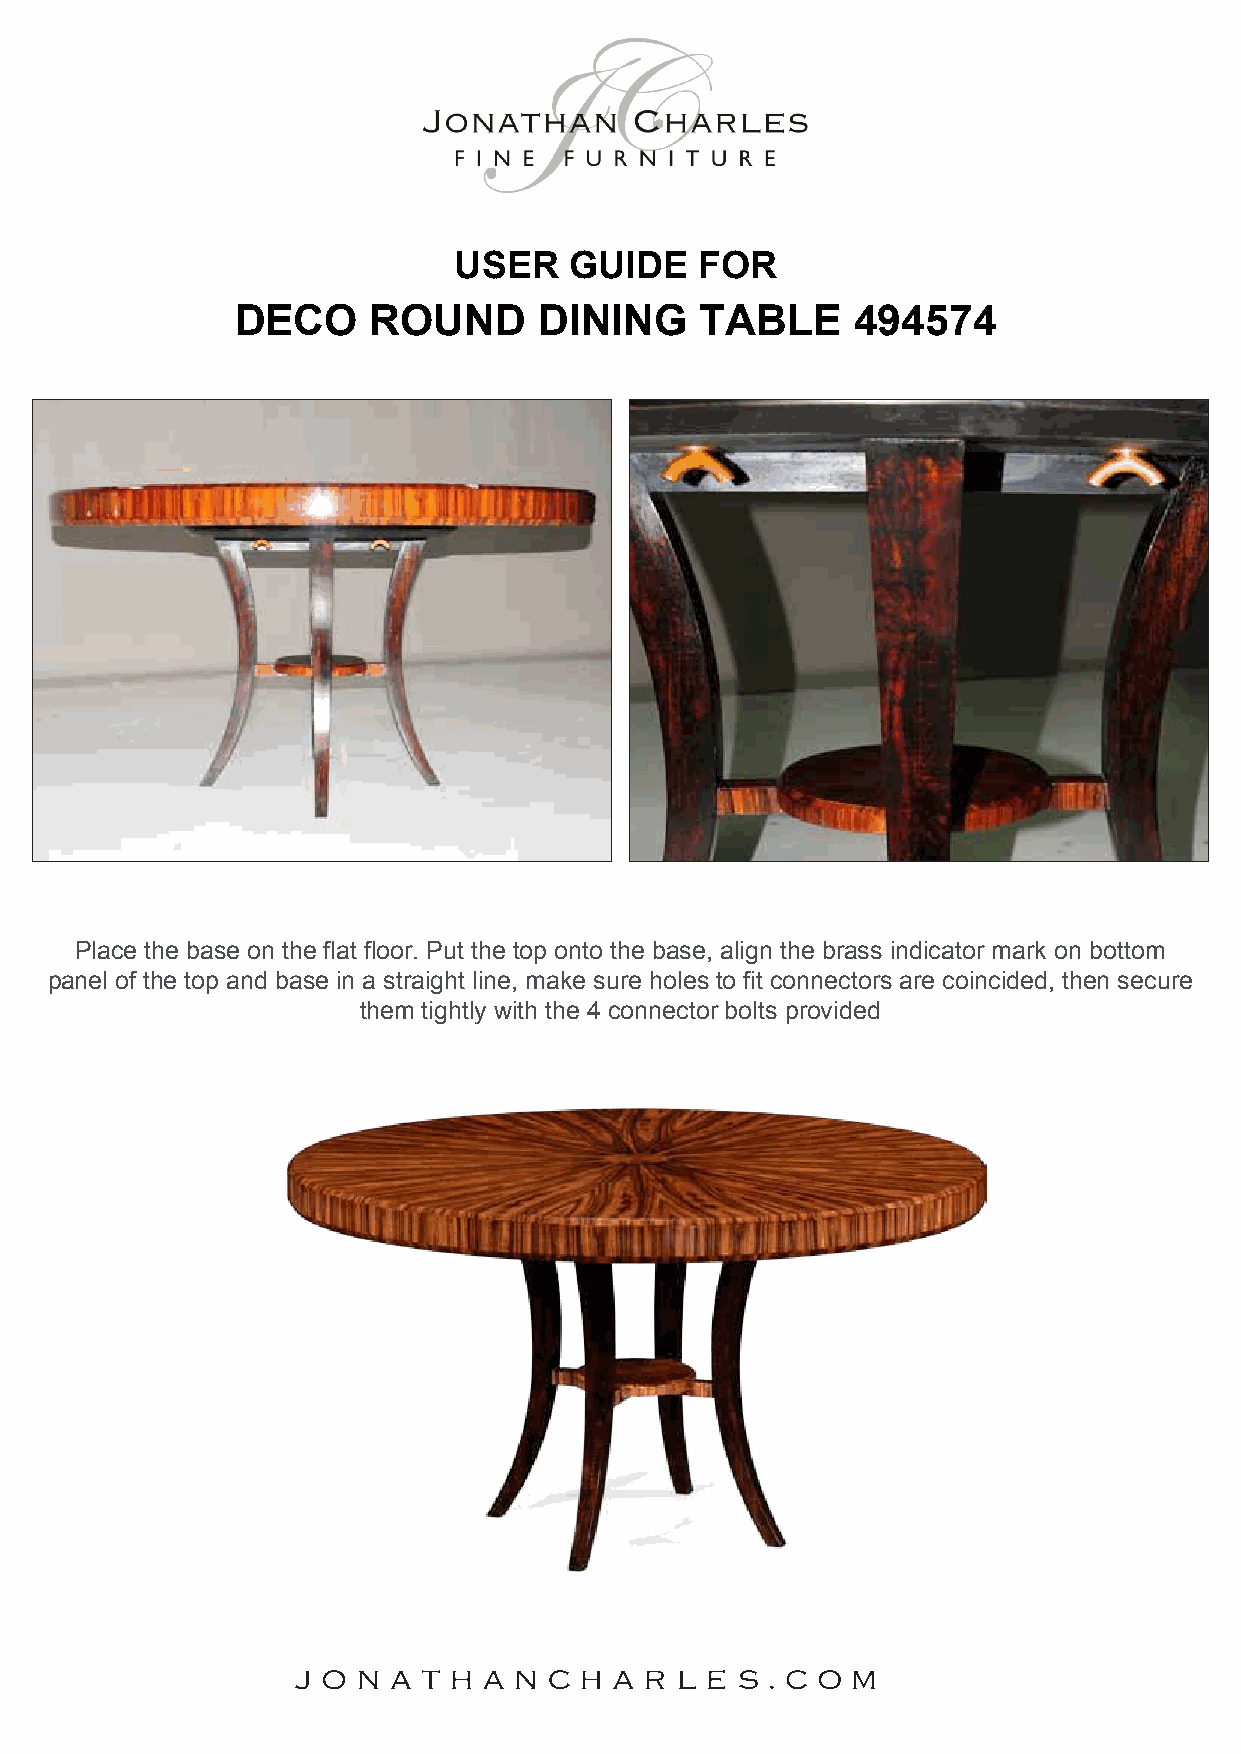
USER    GUIDE   FOR
 DECO    ROUND       DINING    TABLE      494574
 Place the base on the flat floor. Put the top onto the base, align the brass indicator mark on bottom
 panel of the top and base in a straight line, make sure holes to fit connectors are coincided, then secure
 them tightly with the 4 connector bolts provided